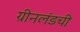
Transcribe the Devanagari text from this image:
ग्रीनलंडची